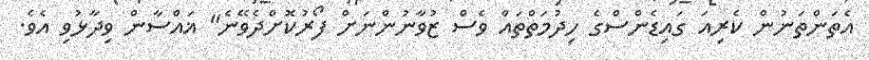
އެތަންތަނުން ކެރިއަ ގައިޑެންސްގެ ހިދުމަތްތައް ވެސް ޒުވާނުންނަށް ފޯރުކޮށްދެވޭނެ" ޣައްސާން ވިދާޅުވި އެވެ.